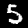
Digit: 5